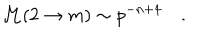
{ \cal M } ( 2 \rightarrow m ) \sim p ^ { - n + 4 } \quad .